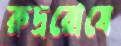
রুদ্ররোষে